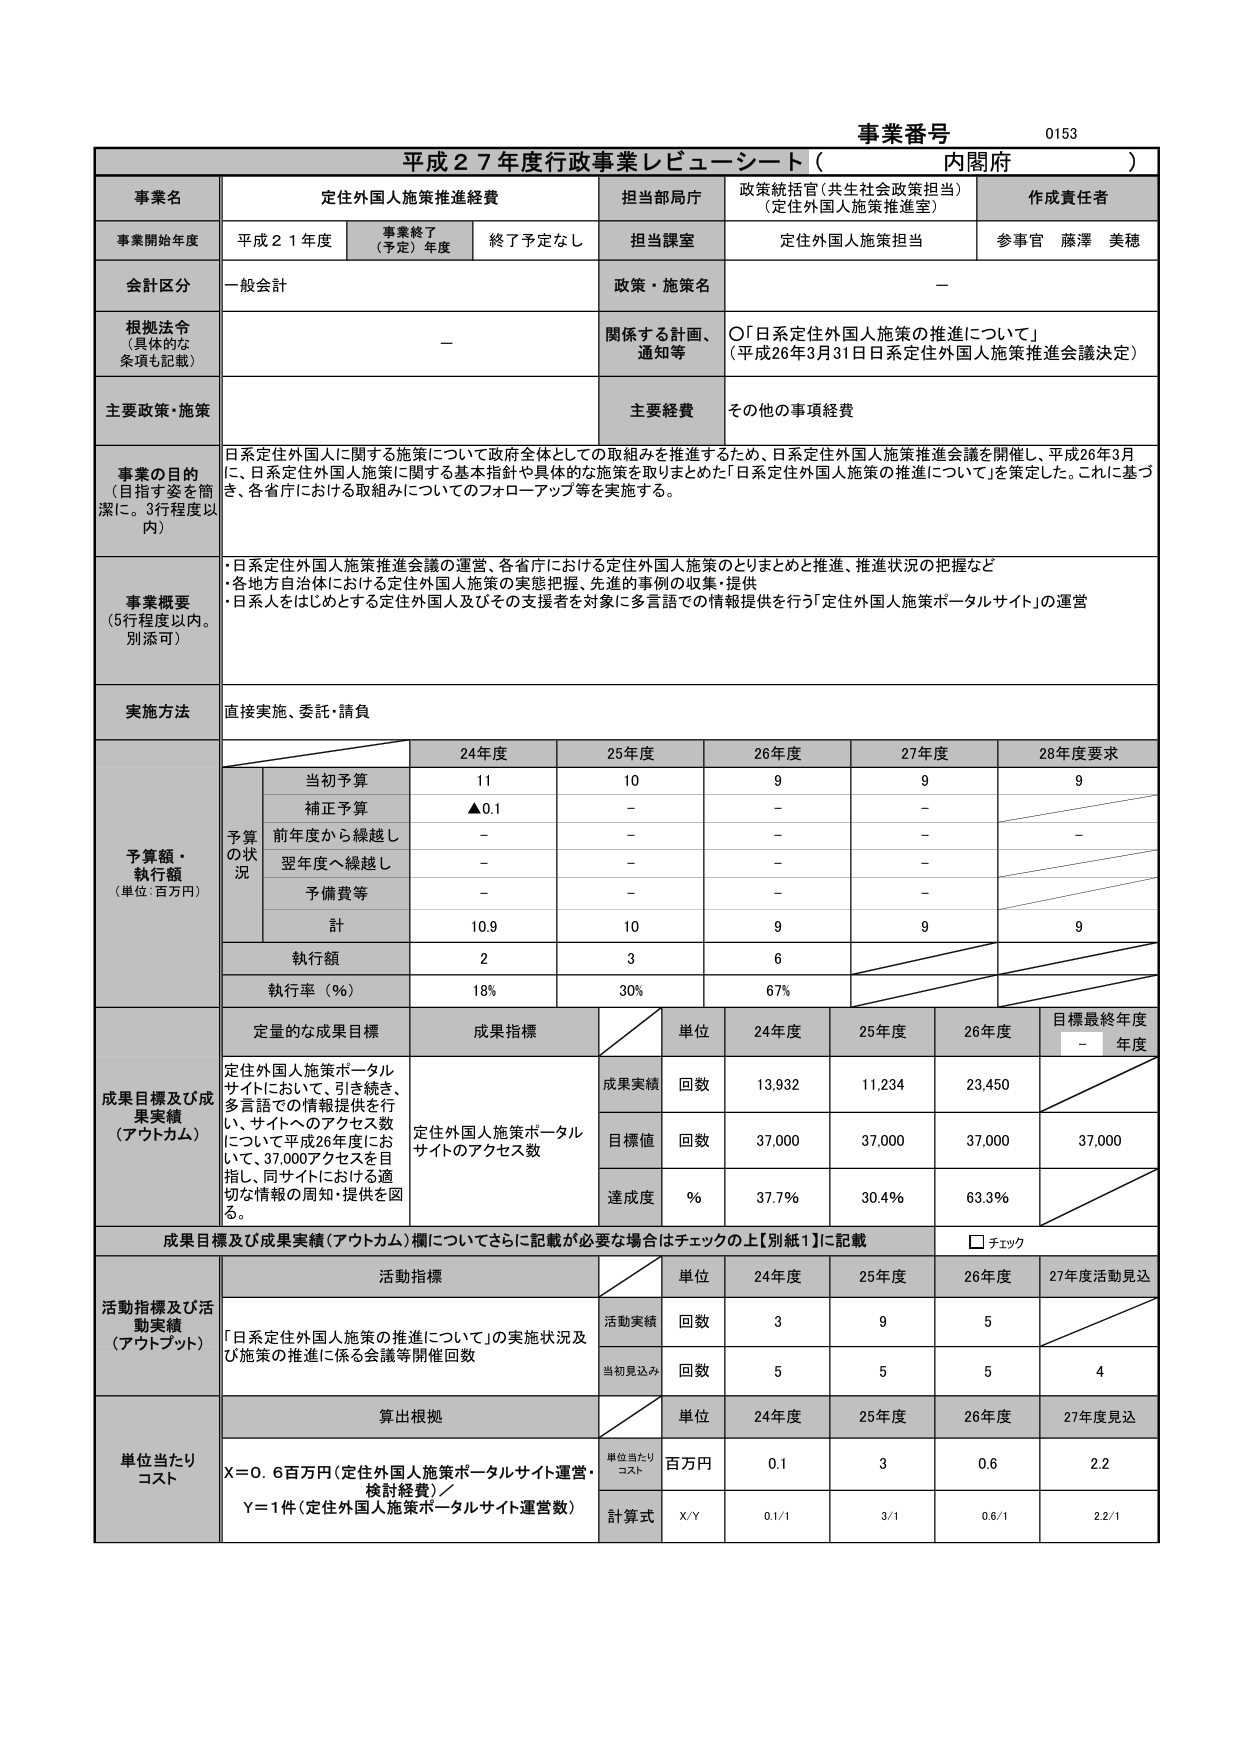
事業番号 0153
平成２７年度行政事業レビューシート（内閣府）

事業名 定住外国人施策推進経費
担当部局庁 政策統括官（共生社会政策担当）（定住外国人施策推進室）
作成責任者 参事官 藤澤 美穂

事業開始年度 平成２１年度 事業終了（予定）年度 終了予定なし 担当課室 定住外国人施策担当

会計区分 一般会計 政策・施策名 －

根拠法令（具体的な条項も記載） － 関係する計画、通知等 ○「日系定住外国人施策の推進について」（平成26年3月31日日系定住外国人施策推進会議決定）

主要政策・施策 主要経費 その他の事項経費

事業の目的（目的を姿を簡潔に。3行程度以内）
日系定住外国人に関する施策について政府全体としての取組みを推進するため、日系定住外国人施策推進会議を開催し、平成26年3月に、日系定住外国人施策に関する基本指針や具体的な施策を取りまとめた「日系定住外国人施策の推進について」を策定した。これに基づき、各省庁における取組みについてのフォローアップ等を実施する。

事業概要（5行程度以内。別添可）
・日系定住外国人施策推進会議の運営、各省庁における定住外国人施策のとりまとめと推進、推進状況の把握など
・各地方自治体における定住外国人施策の実態把握、先進的事例の収集・提供
・日系人をはじめとする定住外国人及びその支援者を対象に多言語での情報提供を行う「定住外国人施策ポータルサイト」の運営

実施方法 直接実施、委託・請負

予算額・執行額（単位：百万円）